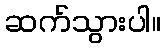
ဆက်သွားပါ။